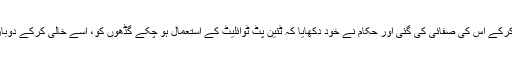
چھ گھر کے ٹوائلیٹ پِٹس خالی کرکے اس کی صفائی کی گئی اور حکام نے خود دکھایا کہ ٹئین پٹ ٹوائلیٹ کے استعمال ہو چکے گڈھوں کو، اسے خالی کرکے دوبارہ استعمال میں لایا جا سکتا ہے۔